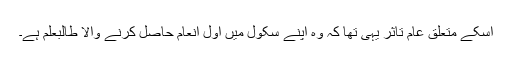
اسکے متعلق عام تاثر یہی تھا کہ وہ اپنے سکول میں اول انعام حاصل کرنے والا طالبعلم ہے۔